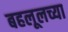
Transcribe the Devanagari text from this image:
बहलूलच्या